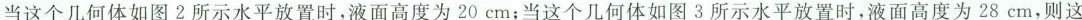
当这个几何体如图2所示水平放置时，液面高度为20cm；当这个几何体如图3所示水平放置时，液面高度为28cm，则这